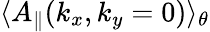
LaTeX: \langle A_{\parallel}(k_{x},k_{y}=0)\rangle_{\theta}